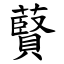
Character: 藖